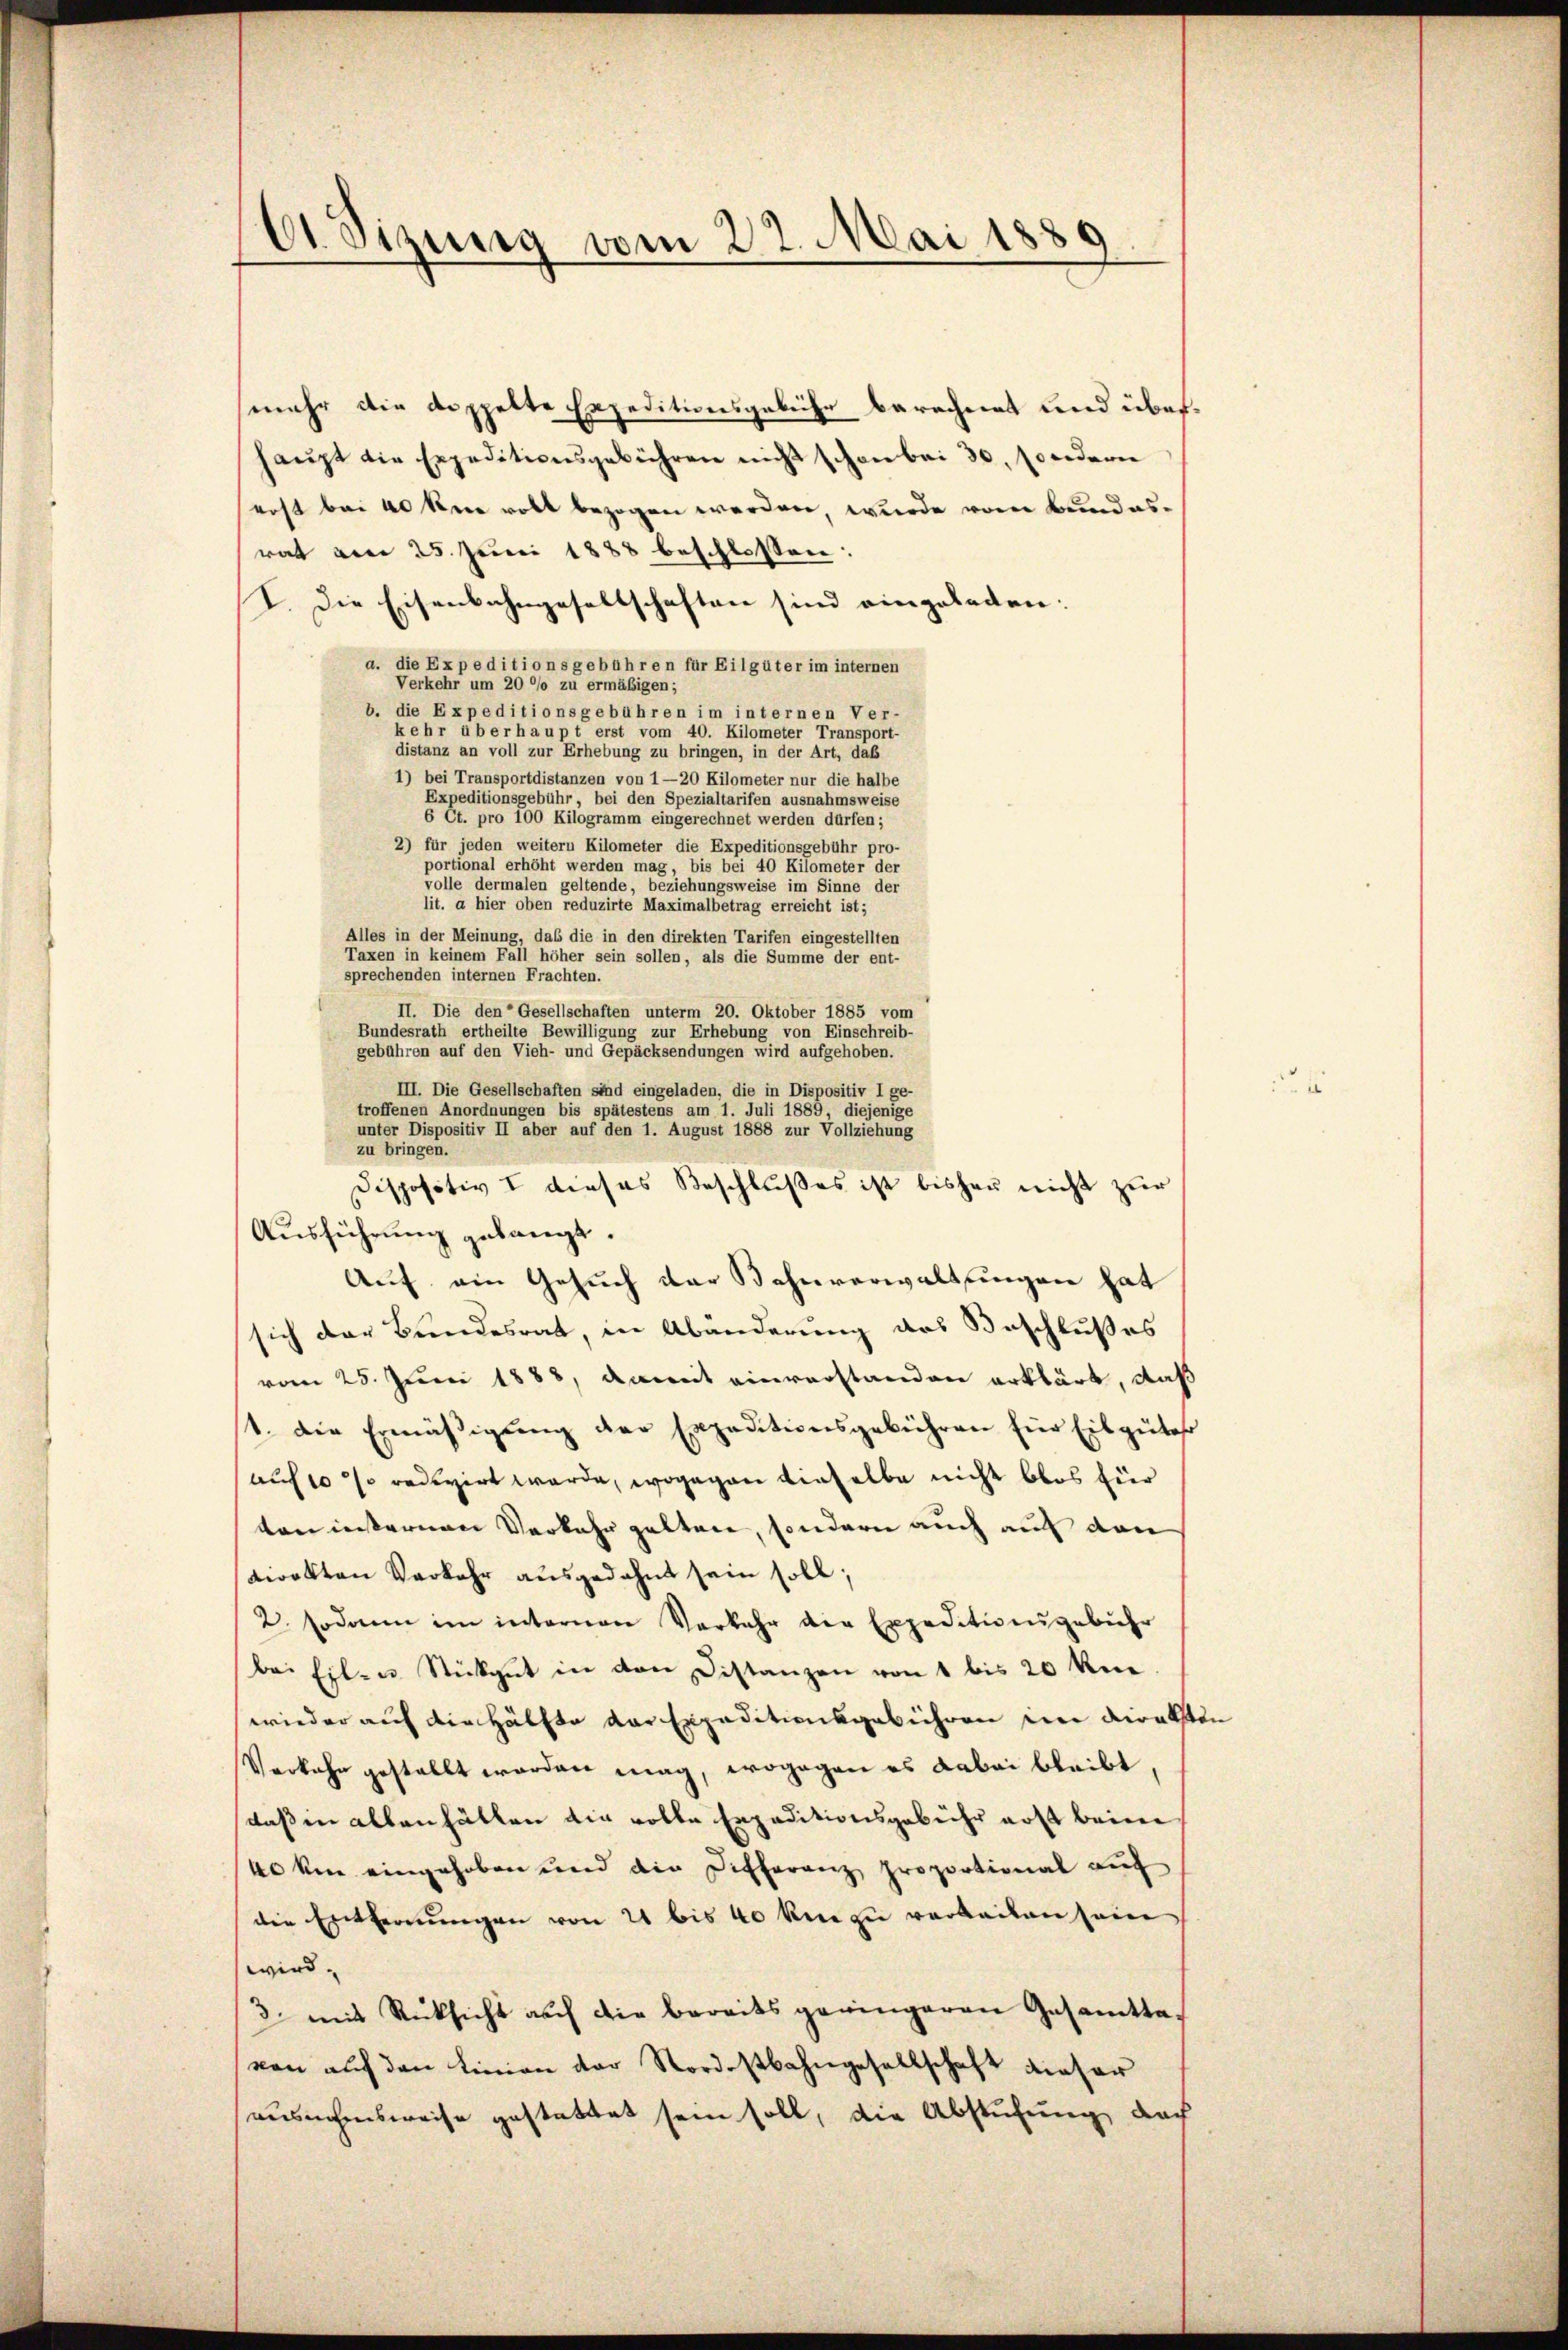
E Sizung vom 22. Mai 1889
.

mehr die doppelte Expeditionsgebühr berechnet und überhaŭpt die Expeditionsgebühren nicht schon bei 30. sondern
erst bei 40 km rott bezogen werden, wurde vom Bundes-
rat am 25. Juni 1888 beschlossen:
I. Die Eisenbahngesellschaften sind eingelegen:
a. die Expeditionsgebühren für Eilgüter im internen
Verkehr um 20 °/o zu ermäßigen;
b. die Expeditionsgebühren im internen Ver-
kehr überhaupt erst vom 40. Kilometer Transport-
distanz an voll zur Erhebung zu bringen, in der Art, daß
1) bei Transportdistanzen von 1—20 Kilometer nur die halbe
Expeditionsgebühr, bei den Spezialtarifen ausnahmsweise
6 Ct. pro 100 Kilogramm eingerechnet werden dürfen;
2) für jeden weitern Kilometer die Expeditionsgebühr pro-
portional erhöht werden mag, bis bei 40 Kilometer der
volle dermalen geltende, beziehungsweise im Sinne der
lit. a hier oben reduzirte Maximalbetrag erreicht ist;
Alles in der Meinung, das die in den direkten Tarifen eingestellten
Taxen in keinem Fall höher sein sollen, als die Summe der ent-
sprechenden internen Frachten.
II. Die den Gesellschaften unterm 20. Oktober 1885 vom
Bundesrath ertheilte Bewilligung zur Erhebung von Einschreib-
gebühren auf den Vieh- und Gepäcksendungen wird aufgehoben.
III. Die Gesellschaften sind eingeladen, die in Dispositiv I ge-
troffenen Anordnungen bis spätestens am 1. Juli 1889 diejenige
unter Dispositiv II aber auf den 1. August 1888 zur Vollziehung
zu bringen.
Dispositiv I dieses Beschlußes ist bisher nicht zur
Ausführung gelangt.
Auf ein Gesuch der Bahnverwaltungen hat
sich der Bundesrat, in Abänderung des Beschlußes
vom 25. Juni 1888, damit einverstanden erklärt, daß
1. Die Ermäβigŭng der Expeditionsgebühren für Eilgüte
auf 10 % redigirt werde, wogegen dieselbe nicht blos für
ten internen Verkehr gelten, sondern auch auf den
tiretten Verkehr ausgedehnt sein soll;
2. sodann im internen Verkehr die Expeditionsgebühr
bei Eilen Stückget in den Distanzen von 1 bis 20 kne
wieder auf die Hälfte der Expeditionsgebühren in direkti
Verkehr gestellt worden mag, wogegen es dabei bleibt,
daßin allen hätten die volle Expeditionsgebühr erst beim
40 ken eingehoben und die Differanz proportional auf
die Entfernŭngen von 21 bis 40 ken zu verbeiten sein
wird. |
3. mit Rücksicht auf die bereits geringeren Gesamttavon auf den Linien der Nordostbahngesellschaft dieser
ausnahmsweise gestattet sein soll, die Abstufung doch

dn